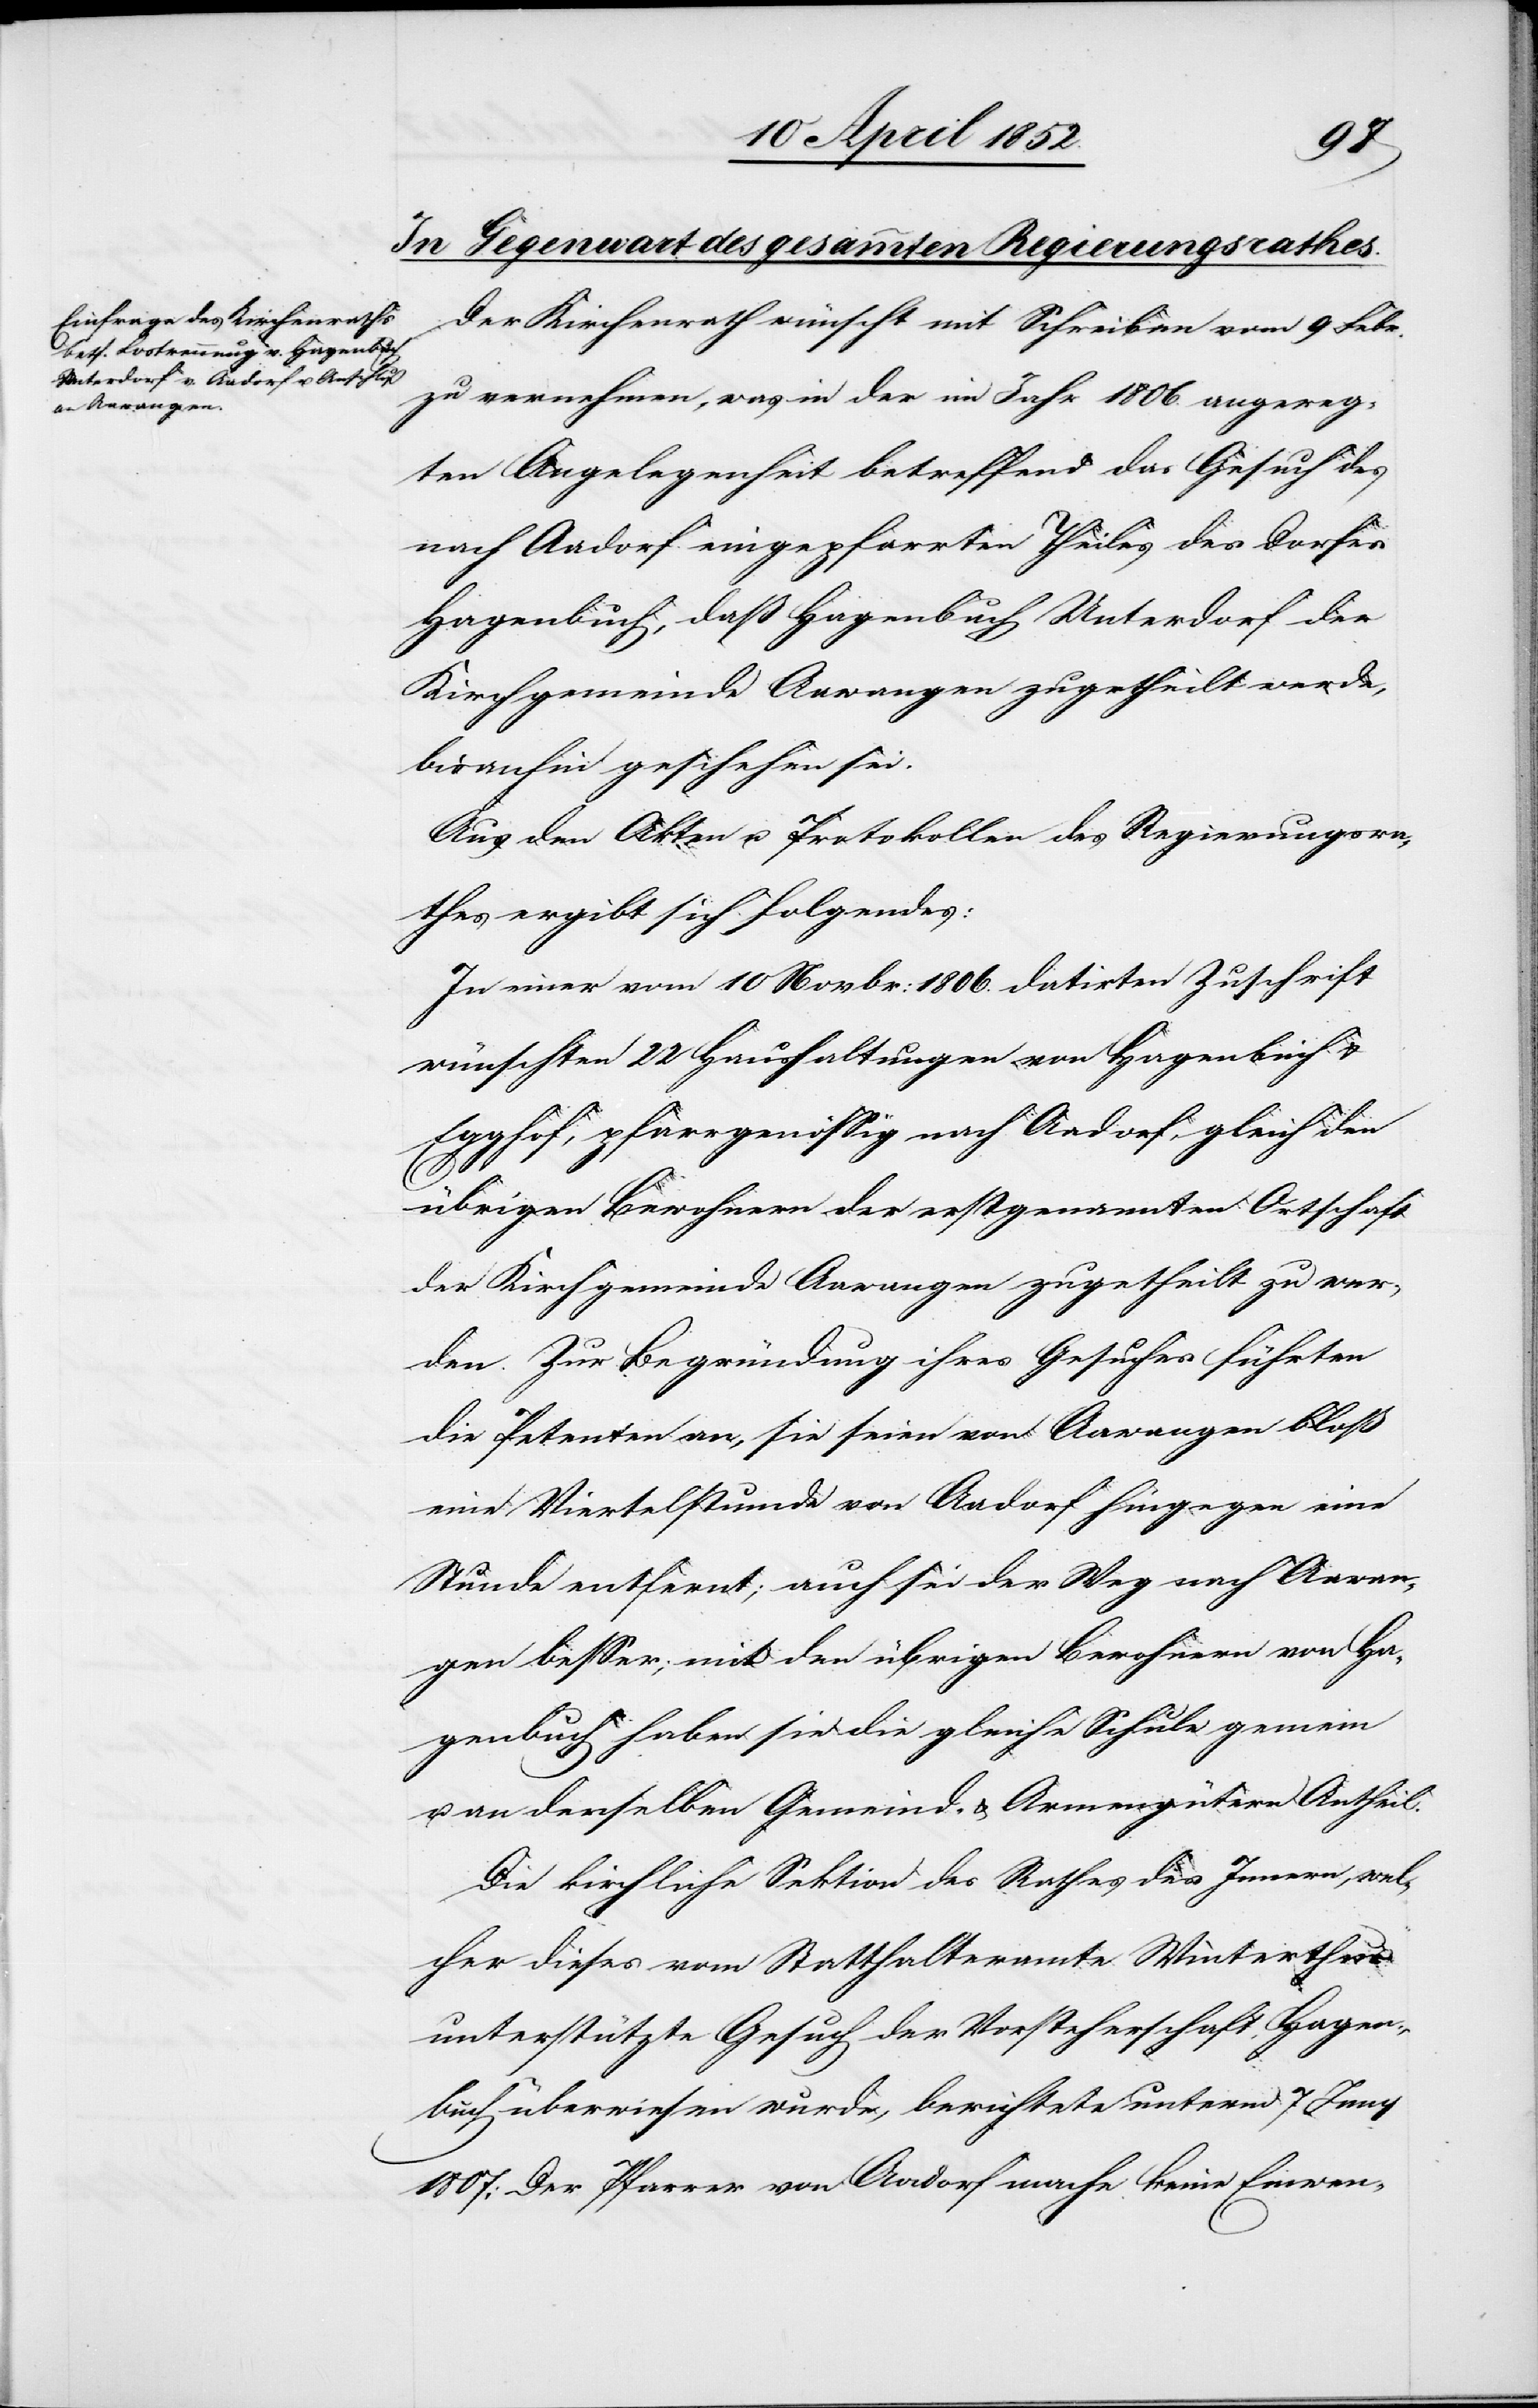
Der Kirchenrath wünscht mit Schreiben vom 9 Febr.
zu vernehmen, was in der im Jahr 1806. angereg¬
ten Angelegenheit betreffend das Gesuch des
nach Aadorf eingepfarrten Theiles des Dorfes
Hagenbuch, daß Hagenbuch Unterdorf der
Kirchgemeinde Aawangen zugetheilt werde,
bisanhin geschehen sei.
Aus den Akten u. Protokollen des Regierungsra¬
thes ergibt sich folgendes:
In einer vom 10 Novbr: 1806. datirten Zuschrift
wünschten 22 Haushaltungen von Hagenbuch &
Egghof, pfarrgenössig nach Aadorf, gleich den
übrigen Bewohnern der erstgenannten Ortschaft
der Kirchgemeinde Aawangen zugetheilt zu wer¬
den. Zur Begründung ihres Gesuches führten
die Petenten an, sie seien von Aawangen bloß
eine Viertelstunde von Aadorf hingegen eine
Stunde entfernt; auch sei der Weg nach Aawan¬
gen besser; mit den übrigen Bewohnern von Ha¬
genbuch haben sie die gleiche Schule gemein
u. an derselben Gemeind- & Armengütern Antheil.
Die kirchliche Sektion des Rathes des Innern, wel¬
cher dieses vom Statthalteramte Winterthur
unterstützte Gesuch der Vorsteherschaft Hagen¬
buch überwiesen wurde, berichtete unterm 7 Juny
1807: Der Pfarrer von Aadorf mache keine Einwen-